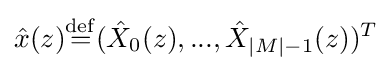
{\hat {x}}(z){\stackrel {\rm {def}}{=}}({\hat {X}}_{0}(z),...,{\hat {X}}_{|M|-1}(z))^{T}